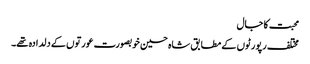
محبت کا جال
مختلف رپورٹوں کے مطابق شاہ حسین خوبصورت عورتوں کے دلدادہ تھے۔